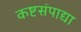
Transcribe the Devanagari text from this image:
कष्टसंपाद्या